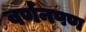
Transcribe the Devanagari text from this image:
वर्णनपण